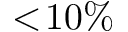
< \! 1 0 \%